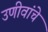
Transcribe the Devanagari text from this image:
उणीवांचे